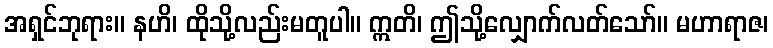
အရှင်ဘုရား။ နဟိ၊ ထိုသို့လည်းမတူပါ။ ဣတိ၊ ဤသို့လျှောက်လတ်သော်။ မဟာရာဇ၊